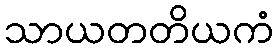
သာယတတိယကံ